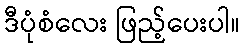
ဒီပုံစံလေး ဖြည့်ပေးပါ။